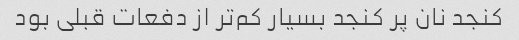
کنجد نان پر کنجد بسیار کم‌تر از دفعات قبلی بود